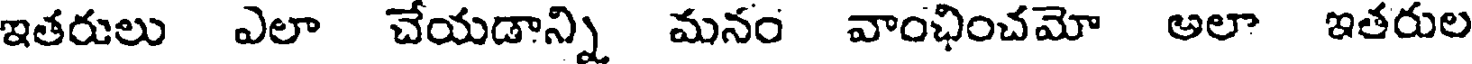
ఇతరులు ఎలా చేయడాన్ని మనం వాంఛించమో అలా ఇతరుల